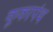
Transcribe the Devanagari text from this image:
कूकापंथ